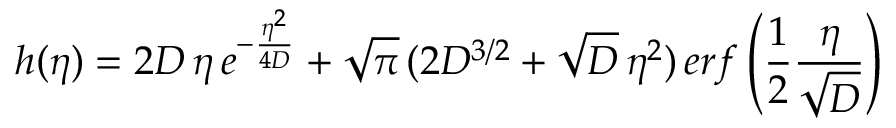
h ( \eta ) = 2 D \, \eta \, e ^ { - \frac { \eta ^ { 2 } } { 4 D } } + \sqrt { \pi } \, ( 2 D ^ { 3 / 2 } + \sqrt { D } \, \eta ^ { 2 } ) \, e r f \left( \frac { 1 } { 2 } \frac { \eta } { \sqrt { D } } \right)